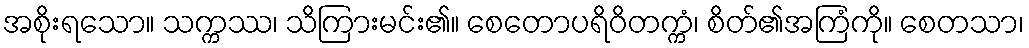
အစိုးရသော။ သက္ကဿ၊ သိကြားမင်း၏။ စေတောပရိဝိတက္ကံ၊ စိတ်၏အကြံကို။ စေတသာ၊